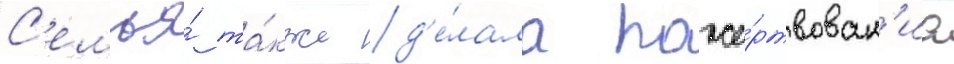
С'емья́ та́кже д'е́лала поже́ртвован'иа